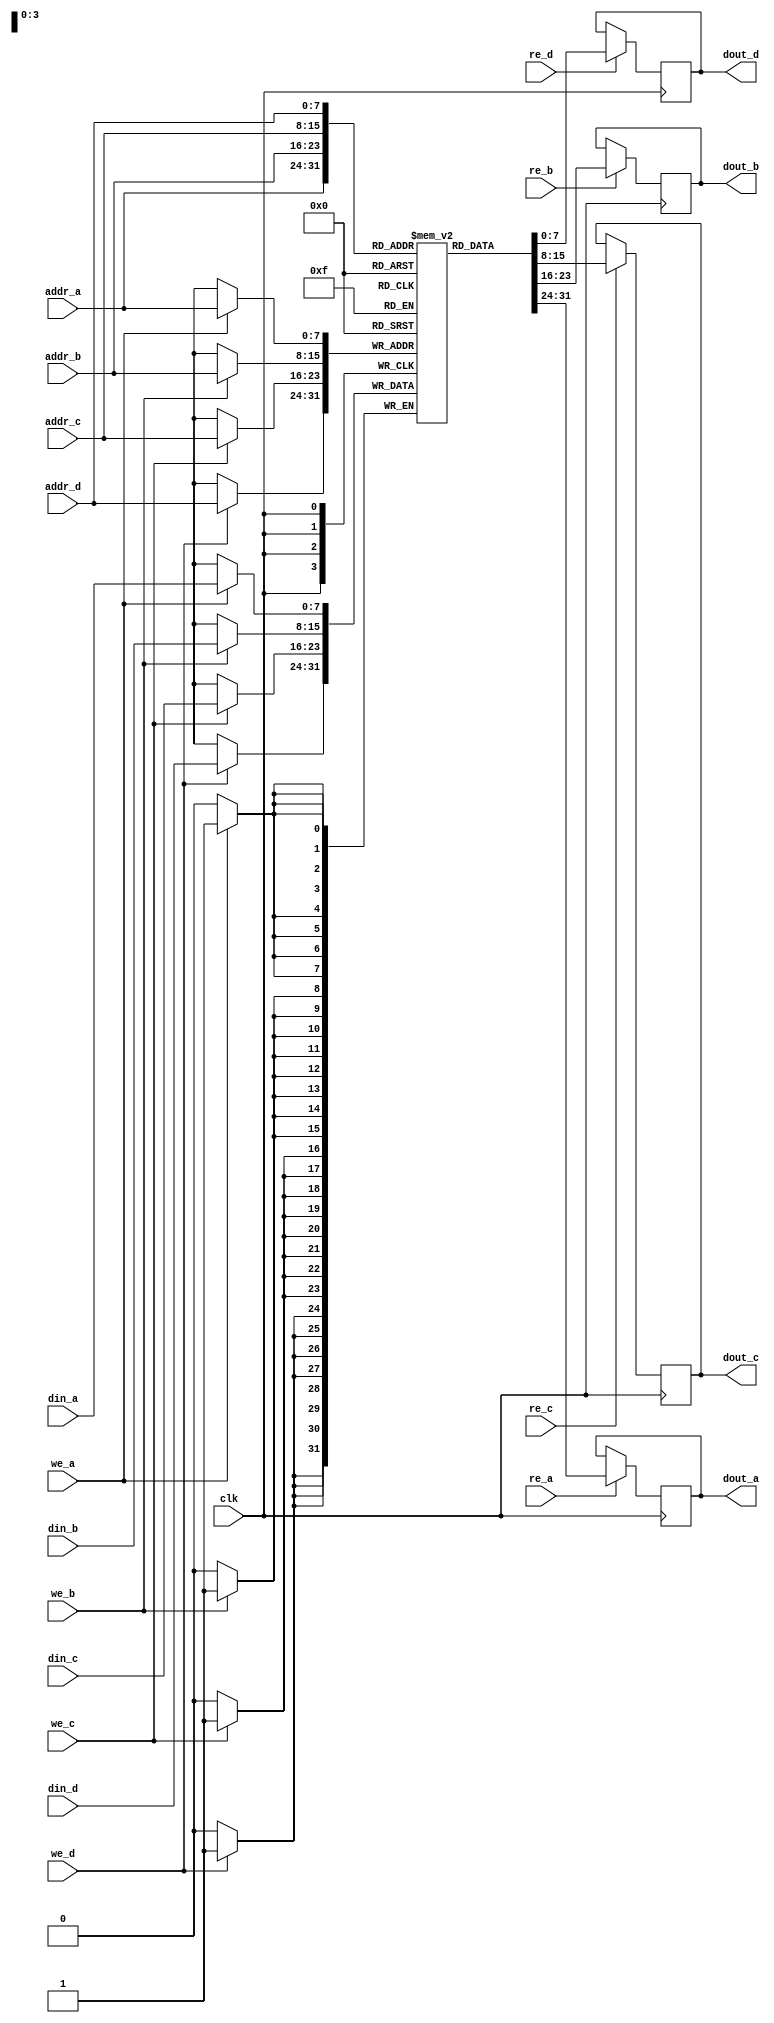
module quad_port_sram #(
    parameter WORD_SIZE = 8,  // Size of each word in bits
    parameter DEPTH = 256      // Number of words in the SRAM
) (
    input  wire                   clk,          // Clock signal

    // Port A
    input  wire [7:0]            addr_a,      // Address for Port A
    input  wire [WORD_SIZE-1:0]  din_a,       // Data in for Port A
    output reg  [WORD_SIZE-1:0]  dout_a,      // Data out for Port A
    input  wire                   re_a,        // Read enable for Port A
    input  wire                   we_a,        // Write enable for Port A

    // Port B
    input  wire [7:0]            addr_b,
    input  wire [WORD_SIZE-1:0]  din_b,
    output reg  [WORD_SIZE-1:0]  dout_b,
    input  wire                   re_b,
    input  wire                   we_b,

    // Port C
    input  wire [7:0]            addr_c,
    input  wire [WORD_SIZE-1:0]  din_c,
    output reg  [WORD_SIZE-1:0]  dout_c,
    input  wire                   re_c,
    input  wire                   we_c,

    // Port D
    input  wire [7:0]            addr_d,
    input  wire [WORD_SIZE-1:0]  din_d,
    output reg  [WORD_SIZE-1:0]  dout_d,
    input  wire                   re_d,
    input  wire                   we_d
);

    // Memory array declaration
    reg [WORD_SIZE-1:0] memory [0:DEPTH-1];

    // Write and Read logic
    always @(posedge clk) begin
        // Port A
        if (we_a) begin
            memory[addr_a] <= din_a; // Write data to memory
        end
        if (re_a) begin
            dout_a <= memory[addr_a]; // Read data from memory
        end
        
        // Port B
        if (we_b) begin
            memory[addr_b] <= din_b;
        end
        if (re_b) begin
            dout_b <= memory[addr_b];
        end
        
        // Port C
        if (we_c) begin
            memory[addr_c] <= din_c;
        end
        if (re_c) begin
            dout_c <= memory[addr_c];
        end
        
        // Port D
        if (we_d) begin
            memory[addr_d] <= din_d;
        end
        if (re_d) begin
            dout_d <= memory[addr_d];
        end
    end

endmodule